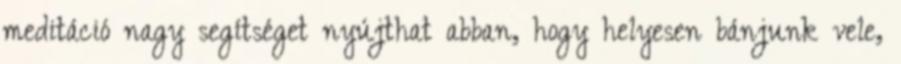
meditáció nagy segítséget nyújthat abban, hogy helyesen bánjunk vele,